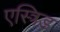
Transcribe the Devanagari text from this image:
एस्त्रिड